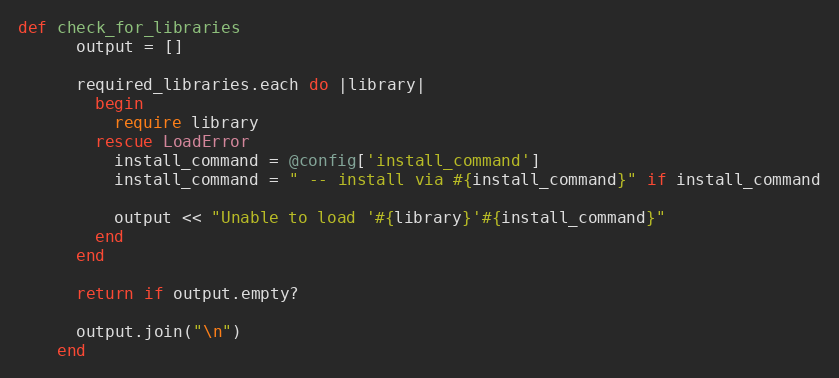
Language: Ruby
def check_for_libraries
      output = []

      required_libraries.each do |library|
        begin
          require library
        rescue LoadError
          install_command = @config['install_command']
          install_command = " -- install via #{install_command}" if install_command

          output << "Unable to load '#{library}'#{install_command}"
        end
      end

      return if output.empty?

      output.join("\n")
    end